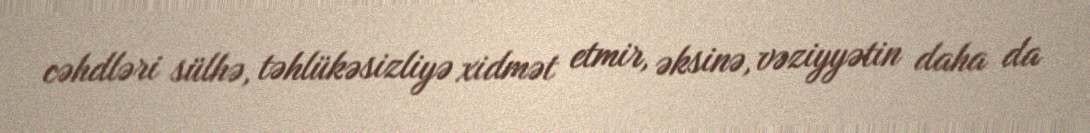
cəhdləri sülhə, təhlükəsizliyə xidmət etmir, əksinə, vəziyyətin daha da